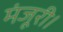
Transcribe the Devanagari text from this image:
मंजूरी।